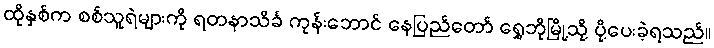
ထိုနှစ်က စစ်သူရဲများကို ရတနာသိင်္ခ ကုန်းဘောင် နေပြည်တော် ရွှေဘိုမြို့သို့ ပို့ပေးခဲ့ရသည်။